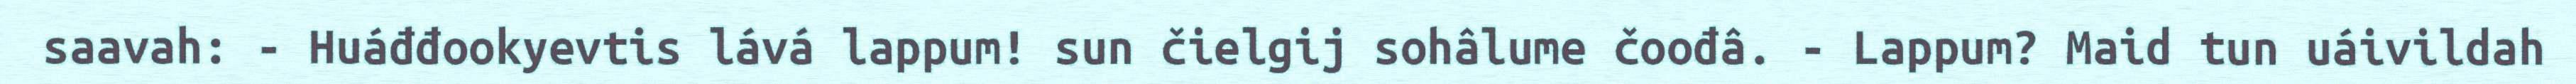
saavah: - Huáđđookyevtis lává lappum! sun čielgij sohâlume čoođâ. - Lappum? Maid tun uáivildah